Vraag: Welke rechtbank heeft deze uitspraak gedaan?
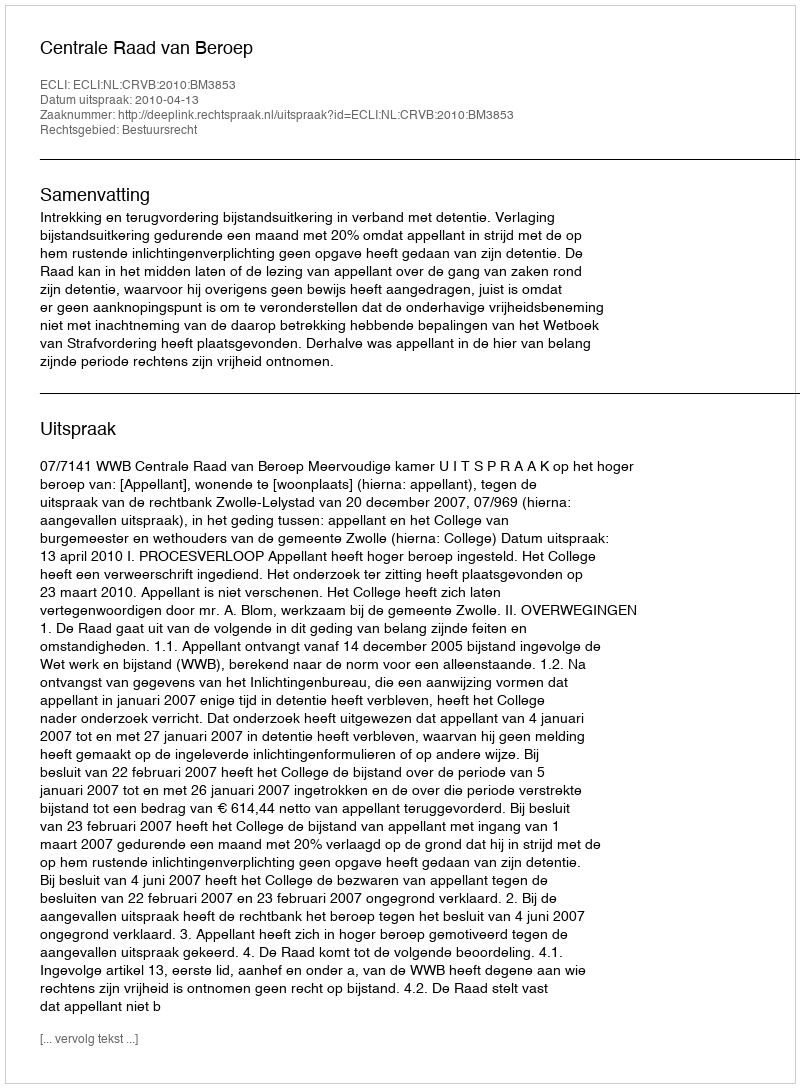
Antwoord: Centrale Raad van Beroep